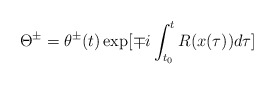
\begin{align*}\Theta^\pm=\theta^\pm(t)\exp[\mp i\int_{t_0}^tR(x(\tau))d\tau]\end{align*}